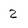
Character: 2